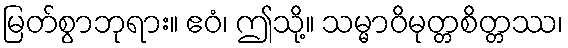
မြတ်စွာဘုရား။ ဧဝံ၊ ဤသို့။ သမ္မာဝိမုတ္တစိတ္တဿ၊